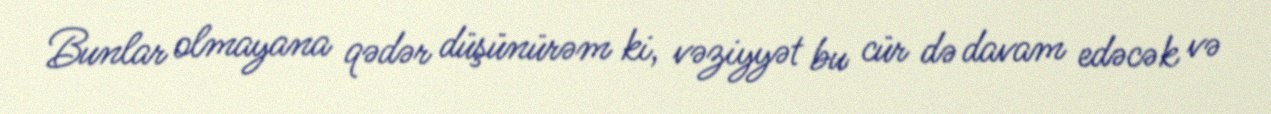
Bunlar olmayana qədər düşünürəm ki, vəziyyət bu cür də davam edəcək və